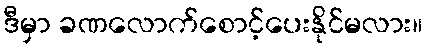
ဒီမှာ ခဏလောက်စောင့်ပေးနိုင်မလား။